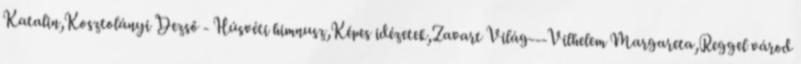
Katalin,Kosztolányi Dezső - Húsvéti himnusz,Képes idézetek,Zavart Világ---Vilhelem Margareta,Reggel várod